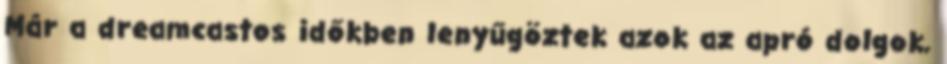
Már a dreamcastos időkben lenyűgöztek azok az apró dolgok,